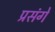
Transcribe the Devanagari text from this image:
प्रसंगे